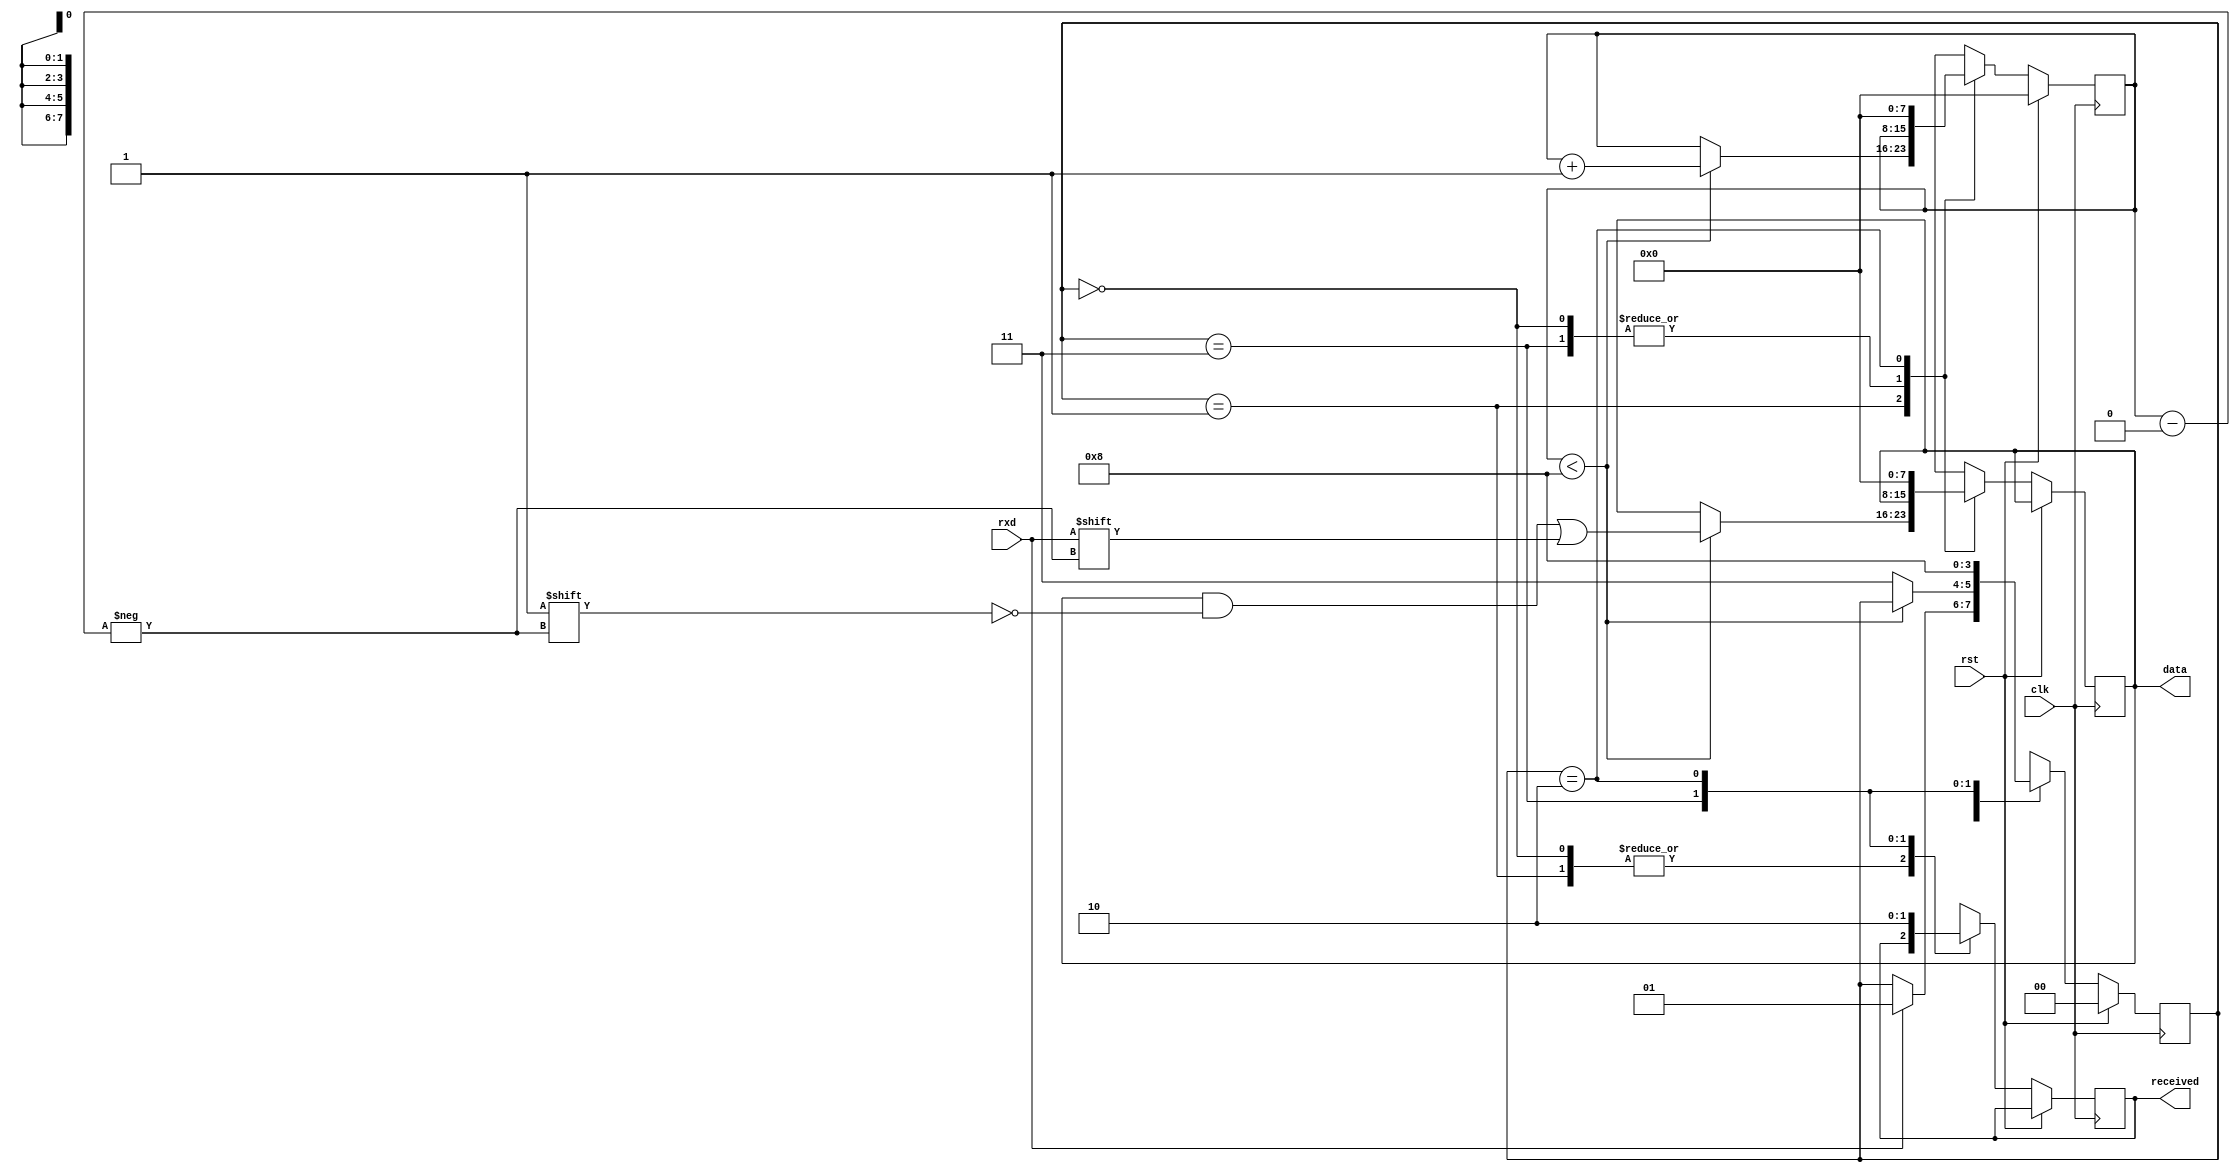
`timescale 1ns / 1ps
//////////////////////////////////////////////////////////////////////////////////
// Company: 
// Engineer: 
// 
// Design Name: 
// Module Name:    deserializer 
// Project Name: 
// Target Devices: 
// Tool versions: 
// Description: 
//
// Dependencies: 
//
// Revision: 
// Revision 0.01 - File Created
// Additional Comments: 
//
//////////////////////////////////////////////////////////////////////////////////
module deserializer #(
        parameter   WIDTH = 8
    )(
        input                   rxd,
        input                   rst,
        input                   clk,
        output [WIDTH - 1:0]    data,
        output                  received
    );
    localparam s0 = 2'b00;
    localparam s1 = 2'b01;
    localparam s2 = 2'b11;
    localparam s3 = 2'b10;
    
    reg [1:0]           state           = s0;
    reg [7:0]           bit_index       = 0;
    reg [WIDTH - 1:0]   data_buf        = 0;
    reg                 received_buf    = 0;
    
    assign              data = data_buf;
    assign              received = received_buf;
    
    
    always@(negedge clk)
    begin
        if(rst)
        begin
            state = s0;
            bit_index = 0;
        end
        else
        begin
            case(state)
            s0:
            begin
                if(rxd)
                begin
                    state = s1;
                end
            end
            s1:
            begin
                if(bit_index < WIDTH)
                begin
                    data_buf[bit_index] = rxd;
                    bit_index = bit_index + 1;
                end
                else state = s2;
            end
            s2:
            begin
                received_buf = 1;
                state = s3;
            end
            s3:
            begin
                received_buf = 0;
                bit_index = 0;
                data_buf = 0;
                state = s0;
            end
            endcase
        end
    end
endmodule